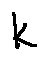
k